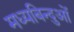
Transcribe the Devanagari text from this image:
मध्यबिन्दुओं